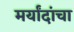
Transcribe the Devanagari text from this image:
मर्यांदांचा